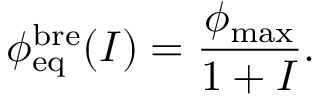
\phi _ { \mathrm { e q } } ^ { \mathrm { b r e } } ( I ) = \frac { \phi _ { \mathrm { m a x } } } { 1 + I } .